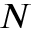
N